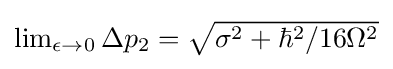
{\textstyle \lim _{\epsilon \to 0}\Delta p_{2}={\sqrt {\sigma ^{2}+\hbar ^{2}/16\Omega ^{2}}}}